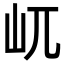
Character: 屼